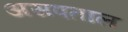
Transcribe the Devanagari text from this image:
असपताल